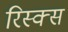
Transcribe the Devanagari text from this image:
रिस्क्स